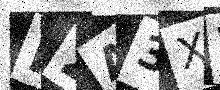
Text: P2A3XV